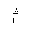
Letter: _mim